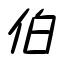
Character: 伯